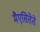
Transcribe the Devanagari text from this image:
मैएसितेते